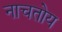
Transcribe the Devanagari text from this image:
नाचतोय